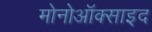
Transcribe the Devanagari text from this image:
मोनोऑक्साइद